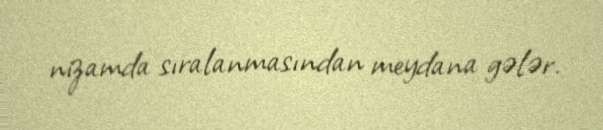
nizamda sıralanmasından meydana gələr.